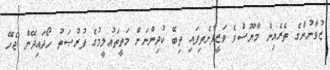
ޒުވާނުންގެ ތެރެއިން މާޔޫސްވެ ވަޒީފާނެތިފައި ތިބޭ ކުދިންނަށް މަތީތަޢުލީމުގެ ފުރުޞަތު ހޯދައިދޭން ޖެހޭ